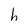
Character: h